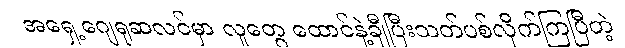
အရှေ့ဂျေရုဆလင်မှာ လူတွေ ထောင်နဲ့ချီပြီးသတ်ပစ်လိုက်ကြပြီတဲ့